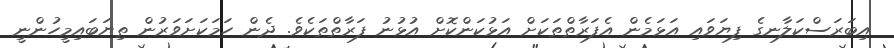
އިބަރަސްކަލާނގެ ފިޔަވައި އަޅަމެން އެފަރާތްތަކަށް އަޅުކަންކޮށް އުޅުނު ފަރާތްތަކެވެ. ދެން ހަމަކަށަވަރުން ތިޔަބައިމީހުންނީ